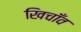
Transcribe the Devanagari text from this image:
खिचाँव